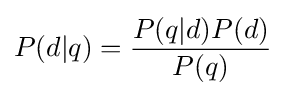
P(d|q)={\frac {P(q|d)P(d)}{P(q)}}